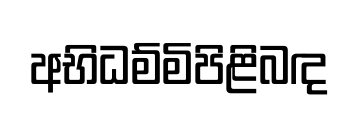
අභිධම්මිපිළිබඳ